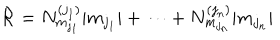
LaTeX: { \mathcal R } = N _ { m _ { j _ { 1 } } } ^ { ( j _ { 1 } ) } | m _ { j _ { 1 } } | + \cdots + N _ { m _ { j _ { n } } } ^ { ( j _ { n } ) } | m _ { j _ { n } } |